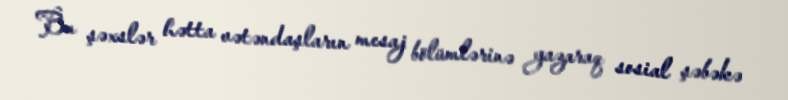
Bu şəxslər hətta vətəndaşların mesaj bölümlərinə yazaraq sosial şəbəkə